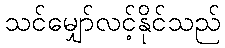
သင်မျှော်လင့်နိုင်သည်